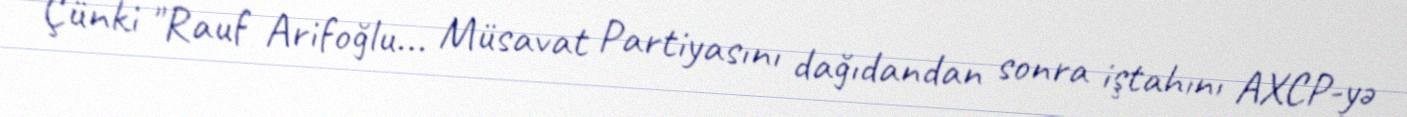
Çünki "Rauf Arifoğlu... Müsavat Partiyasını dağıdandan sonra iştahını AXCP-yə